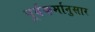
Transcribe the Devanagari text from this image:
पूर्वकर्मानुसार